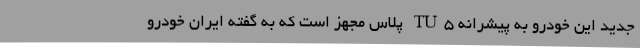
جدید این خودرو به پیشرانه TU5 پلاس مجهز است که به گفته ایران خودرو